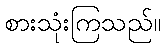
စားသုံးကြသည်။